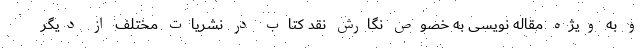
و به ویژه مقاله نویسی به خصوص نگارش نقد کتاب در نشریات مختلف از دیگر